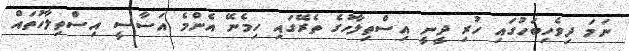
ނަމަ ދިވެހިބަހުގައި ހުރި ދީނީ އިސްތިލާހުގެ ތެރޭގައި ހިމެނޭ އެންމެ އަސާސީ އިސްތިލާހުތައް